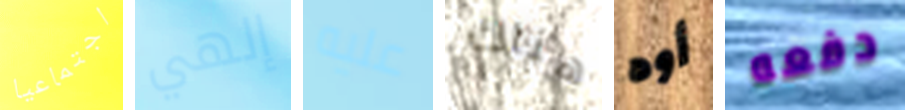
اجتماعيا إلهي عليه هناك أوه دفعه